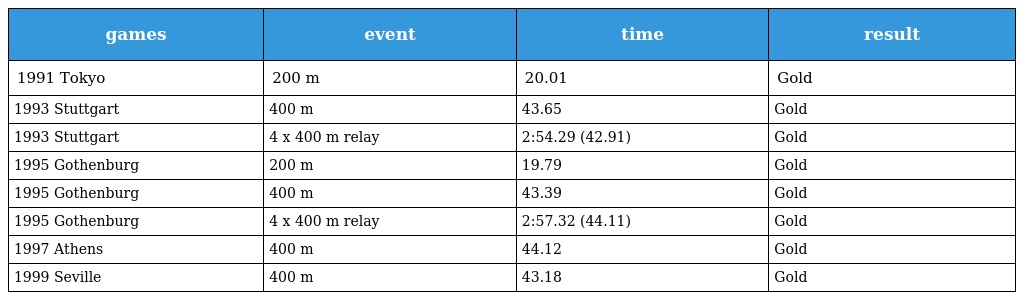
| games | event | time | result |
 | --- | --- | --- | --- |
 | 1991 Tokyo | 200 m | 20.01 | Gold |
 | 1993 Stuttgart | 400 m | 43.65 | Gold |
 | 1993 Stuttgart | 4 x 400 m relay | 2:54.29 (42.91) | Gold |
 | 1995 Gothenburg | 200 m | 19.79 | Gold |
 | 1995 Gothenburg | 400 m | 43.39 | Gold |
 | 1995 Gothenburg | 4 x 400 m relay | 2:57.32 (44.11) | Gold |
 | 1997 Athens | 400 m | 44.12 | Gold |
 | 1999 Seville | 400 m | 43.18 | Gold |